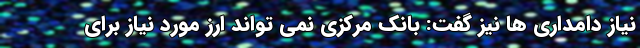
نیاز دامداری ها نیز گفت: بانک مرکزی نمی تواند ارز مورد نیاز برای